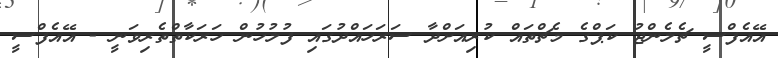
އޭއެފްސީ ޗެލެންޖު ކަޕްގެ މެޗްތައް ކުރިއަށްދާ ސަރަހައްދުގައި ފުލުހުން ހަރަކާތްތެރިވަނީ - އޭއެފްސީ